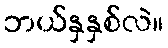
ဘယ်နှနှစ်လဲ။